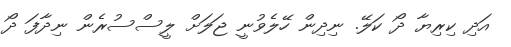
އަދި ކިރިޔާ ދޯ ކަލޭ. ނިދިން ހޭލެވުނީ ޖަލަށް ލީސްސުރެން ނިދާފަ ދޯ